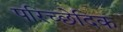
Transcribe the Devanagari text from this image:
परिच्छेदिक